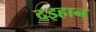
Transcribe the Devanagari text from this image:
दइहान